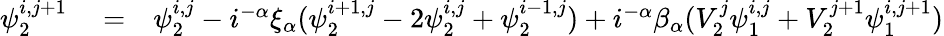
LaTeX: \begin{array}{rlr}{\psi_{2}^{i,j+1}}&{{}=}&{\psi_{2}^{i,j}-i^{-\alpha}\xi_{\alpha}(\psi_{2}^{i+1,j}-2\psi_{2}^{i,j}+\psi_{2}^{i-1,j})+i^{-\alpha}\beta_{\alpha}(V_{2}^{j}\psi_{1}^{i,j}+V_{2}^{j+1}\psi_{1}^{i,j+1})}\end{array}